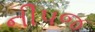
નીપજ